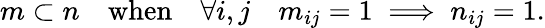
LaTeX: m\subset n\quad{\mathrm{when}}\quad\forall i,j\quad m_{ij}=1\implies n_{ij}=1.